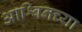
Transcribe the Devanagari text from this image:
आश्विनच्या